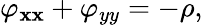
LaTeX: \varphi_{\mathbf{x}\mathbf{x}}+\varphi_{yy}=-\rho,